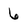
Character: 6